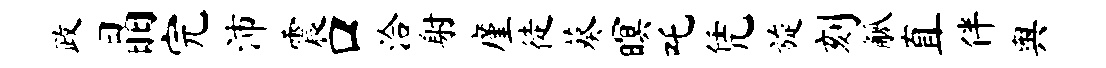
政晶完沛震口洽射廑徒葵暝吒凭旋刻觚直伴舆